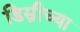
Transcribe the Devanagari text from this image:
डिस्नीच्या